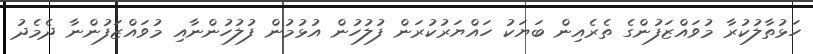
ހަޅުތާލުކުރާ މުވައްޒަފުންގެ ތެރެއިން ބަޔަކު ހައްޔަރުކުރަން ފުލުހުން އުޅުމުން ފުލުހުންނާއި މުވައްޒަފުންނާ ދެމެދު